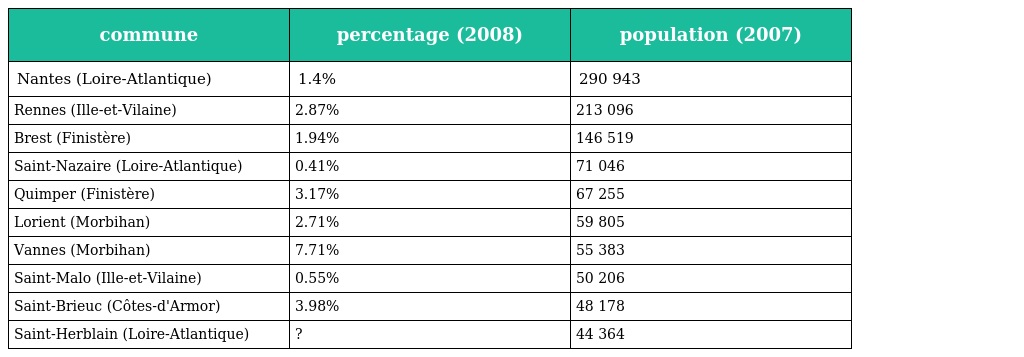
| commune | percentage (2008) | population (2007) |
 | --- | --- | --- |
 | Nantes (Loire-Atlantique) | 1.4% | 290 943 |
 | Rennes (Ille-et-Vilaine) | 2.87% | 213 096 |
 | Brest (Finistère) | 1.94% | 146 519 |
 | Saint-Nazaire (Loire-Atlantique) | 0.41% | 71 046 |
 | Quimper (Finistère) | 3.17% | 67 255 |
 | Lorient (Morbihan) | 2.71% | 59 805 |
 | Vannes (Morbihan) | 7.71% | 55 383 |
 | Saint-Malo (Ille-et-Vilaine) | 0.55% | 50 206 |
 | Saint-Brieuc (Côtes-d'Armor) | 3.98% | 48 178 |
 | Saint-Herblain (Loire-Atlantique) | ? | 44 364 |